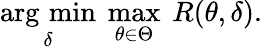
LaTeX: {\underset{\delta}{\operatorname{arg\, min}}}\ \operatorname*{max}_{\theta\in\Theta}\ R(\theta,\delta).